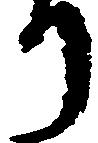
り